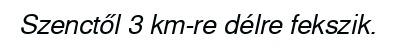
Szenctől 3 km-re délre fekszik.